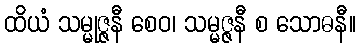
ထိယံ သမ္မုဇ္ဇနီ စေဝ၊ သမ္မဇ္ဇနီ စ သောဓနီ။